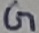
Text: G